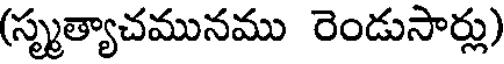
(స్మృత్యాచమునము రెండుసార్లు)